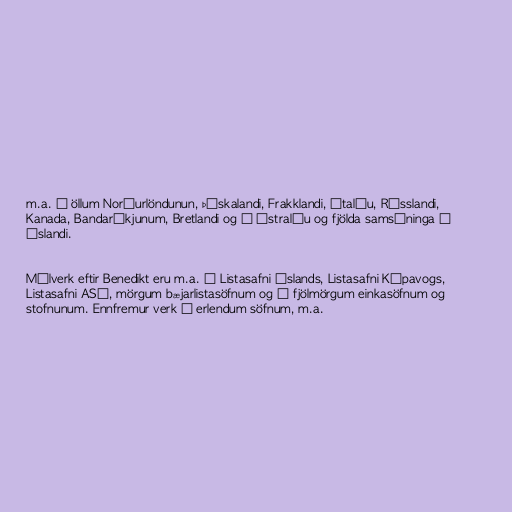
m.a. á öll­um Norður­lönd­un­un, Þýskalandi, Frakklandi, Ítal­íu, Rússlandi,
Kan­ada, Banda­ríkj­un­um, Bretlandi og í Ástr­al­íu og fjölda sam­sýn­inga á
Íslandi.

Mál­verk eft­ir Bene­dikt eru m.a. í Lista­safni Íslands, Lista­safni Kópa­vogs,
Lista­safni ASÍ, mörg­um bæj­arlista­söfn­um og í fjöl­mörg­um einka­söfn­um og
stofn­un­um. Enn­frem­ur verk í er­lend­um söfn­um, m.a.